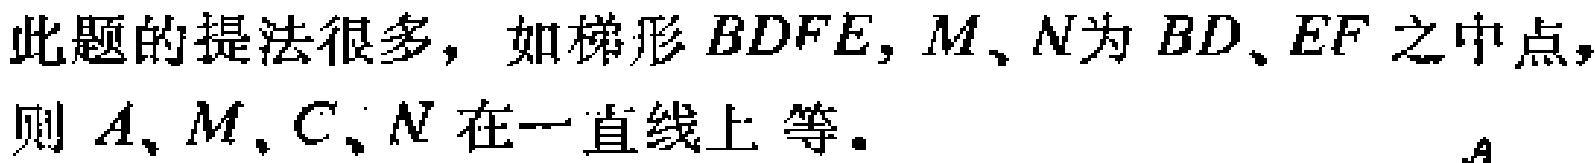
此题的提法很多，如梯形\(BDFE\)，\(M\)、\(N\)为\(BD\)、\(EF\)之中点，则 \(A\)、\(M\)、\(C\)、\(N\)在一直线上 等。